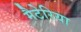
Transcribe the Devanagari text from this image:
मैटेरिया